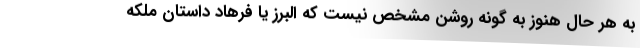
به هر حال هنوز به گونه روشن مشخص نیست که البرز یا فرهاد داستان ملکه